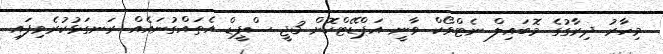
މިހާރު ދިރާގުގެ މޮބައިލް ނެޓްވޯކް ވާނީ އަޕްޑޭޓްކޮށް 3ޖީ ސްޕީޑް އެތައްގުނައެއް ރަނގަޅުކުރެވިފައި